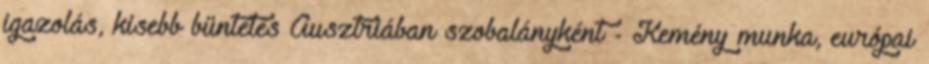
igazolás, kisebb büntetés Ausztriában szobalányként - Kemény munka, európai